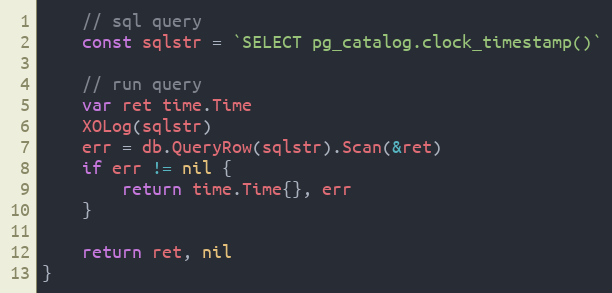
Language: Go
	// sql query
	const sqlstr = `SELECT pg_catalog.clock_timestamp()`

	// run query
	var ret time.Time
	XOLog(sqlstr)
	err = db.QueryRow(sqlstr).Scan(&ret)
	if err != nil {
		return time.Time{}, err
	}

	return ret, nil
}